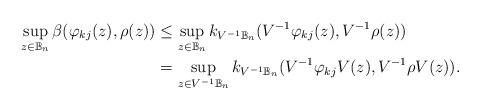
LaTeX: \begin{align*}\sup_{z\in\mathbb{B}_n} \beta(\varphi_{kj} (z),\rho(z))&\leq \sup_{z\in \mathbb{B}_n} k_{V^{-1}\mathbb{B}_n}(V^{-1}\varphi_{kj}(z),V^{-1}\rho (z))\\&= \sup_{z\in V^{-1}\mathbb{B}_n} k_{V^{-1}\mathbb{B}_n}(V^{-1}\varphi_{kj} V(z),V^{-1}\rho V(z)).\end{align*}